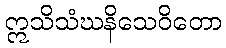
ဣသိသံဃနိသေဝိတော